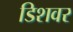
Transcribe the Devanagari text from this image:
डिशवर